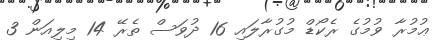
ޢުމުރާ ވުމުގެ ރެކޯޑް މުގުރާލައި 16 ދުވަސް ތެރޭ 14 މިލިއަން 3